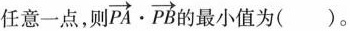
任意一点，则$$\overrightarrow{PA}\cdot \overrightarrow{PB}$$的最小值为 ()。